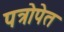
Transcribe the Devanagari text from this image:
पत्रोपेत